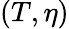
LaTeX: (T,\eta)